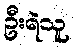
ဦးရဲသူ